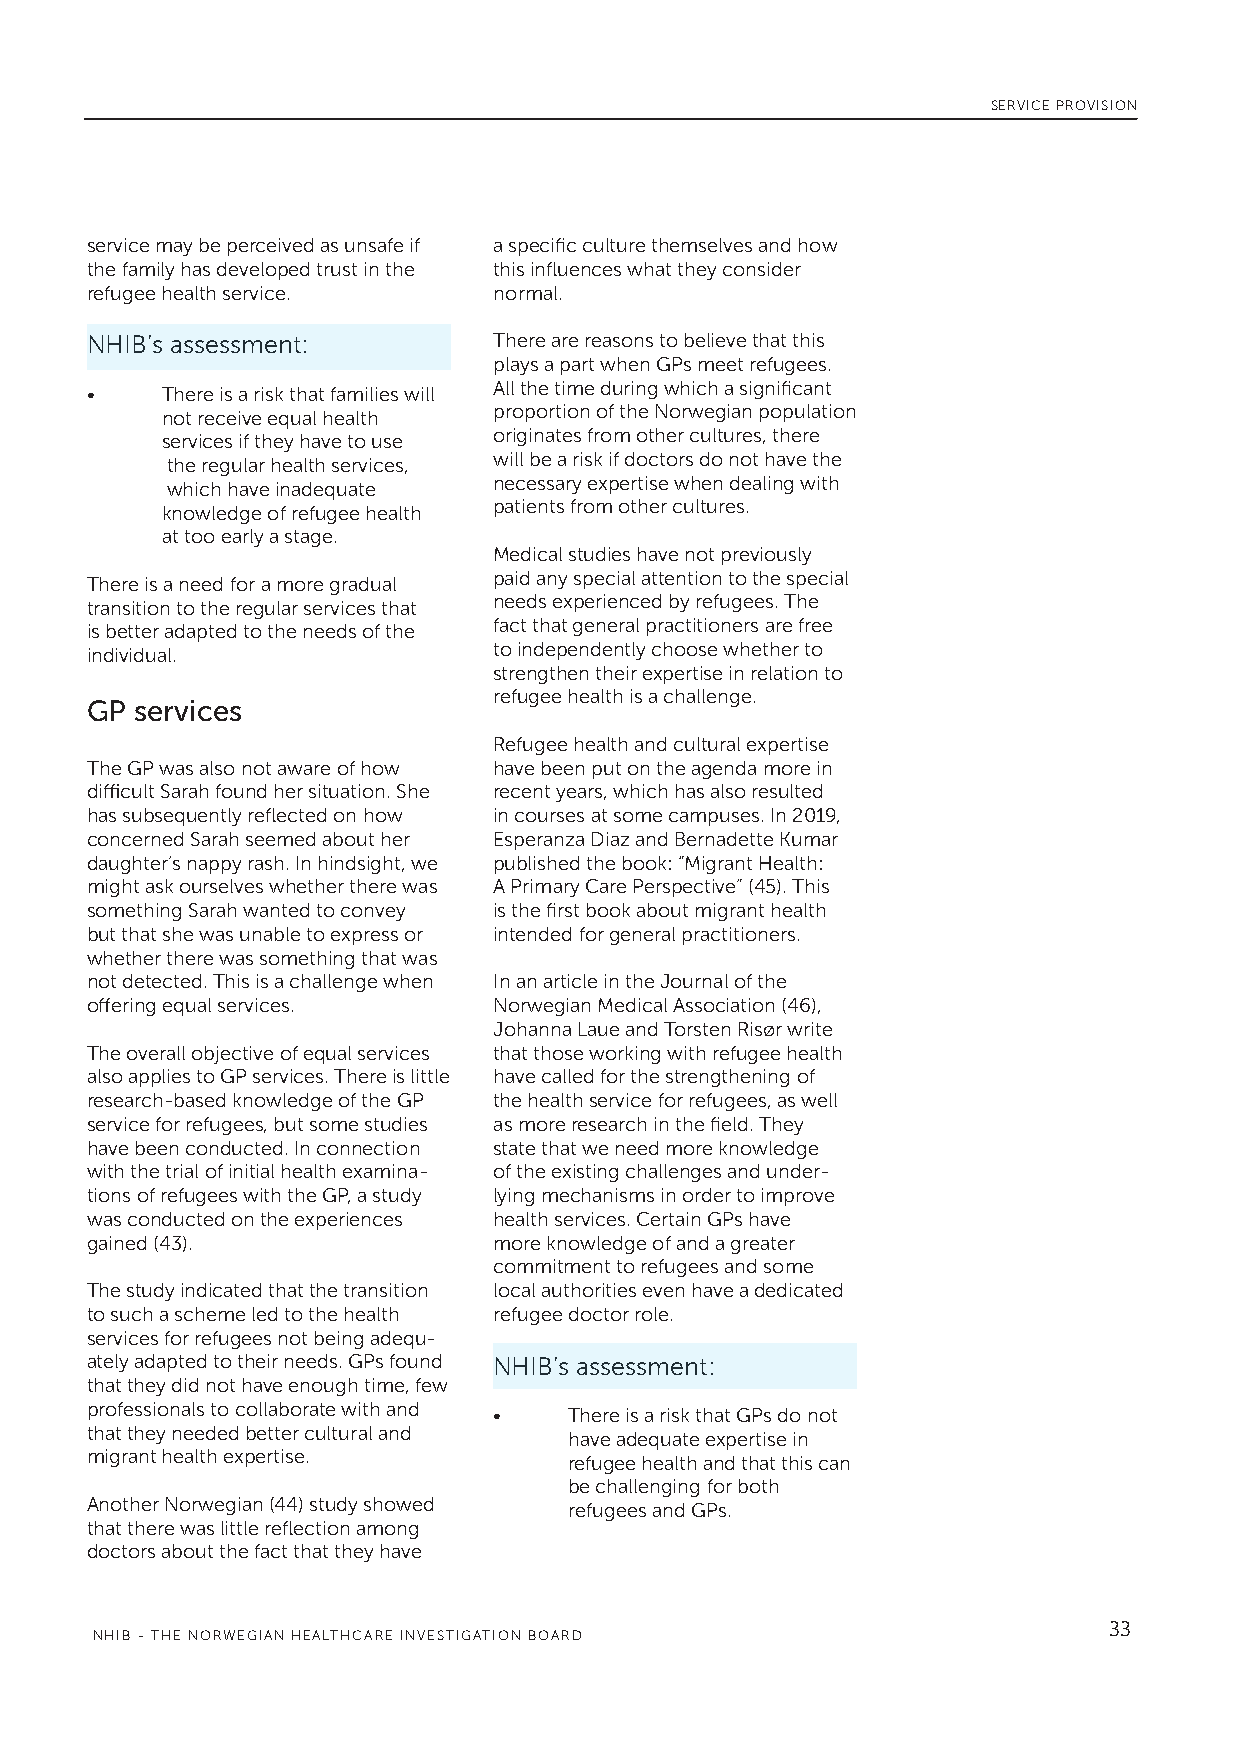
SERVICE PROVISION
 service may be perceived as unsafe if a specific culture themselves and how
 the family has developed trust in the this influences what they consider
 refugee health service.    normal.
 NHIB’s assessment:         There are reasons to believe that this
 plays a part when GPs meet refugees.
 •    There is a risk that families will All the time during which a significant
 not receive equal health proportion of the Norwegian population
 services if they have to use originates from other cultures, there
 the regular health services, will be a risk if doctors do not have the
 which have inadequate necessary expertise when dealing with
 knowledge of refugee health patients from other cultures.
 at too early a stage.
 Medical studies have not previously
 There is a need for a more gradual paid any special attention to the special
 transition to the regular services that needs experienced by refugees. The
 is better adapted to the needs of the fact that general practitioners are free
 individual.                to independently choose whether to
 strengthen their expertise in relation to
 refugee health is a challenge.
 GP services
 Refugee health and cultural expertise
 The GP was also not aware of how have been put on the agenda more in
 difficult Sarah found her situation. She recent years, which has also resulted
 has subsequently reflected on how in courses at some campuses. In 2019,
 concerned Sarah seemed about her Esperanza Diaz and Bernadette Kumar
 daughter’s nappy rash. In hindsight, we published the book: “Migrant Health:
 might ask ourselves whether there was A Primary Care Perspective” (45). This
 something Sarah wanted to convey is the first book about migrant health
 but that she was unable to express or intended for general practitioners.
 whether there was something that was
 not detected. This is a challenge when In an article in the Journal of the
 offering equal services.   Norwegian Medical Association (46),
 Johanna Laue and Torsten Risør write
 The overall objective of equal services that those working with refugee health
 also applies to GP services. There is little have called for the strengthening of
 research-based knowledge of the GP the health service for refugees, as well
 service for refugees, but some studies as more research in the field. They
 have been conducted. In connection state that we need more knowledge
 with the trial of initial health examina- of the existing challenges and under-
 tions of refugees with the GP, a study lying mechanisms in order to improve
 was conducted on the experiences health services. Certain GPs have
 gained (43).               more knowledge of and a greater
 commitment to refugees and some
 The study indicated that the transition local authorities even have a dedicated
 to such a scheme led to the health refugee doctor role.
 services for refugees not being adequ-
 ately adapted to their needs. GPs found NHIB’s assessment:
 that they did not have enough time, few
 professionals to collaborate with and • There is a risk that GPs do not
 that they needed better cultural and have adequate expertise in
 migrant health expertise.       refugee health and that this can
 be challenging for both
 Another Norwegian (44) study showed refugees and GPs.
 that there was little reflection among
 doctors about the fact that they have
 33
 NHIB - THE NORWEGIAN HEALTHCARE INVESTIGATION BOARD